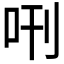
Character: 𠰙